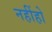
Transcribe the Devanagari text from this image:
नहींहो